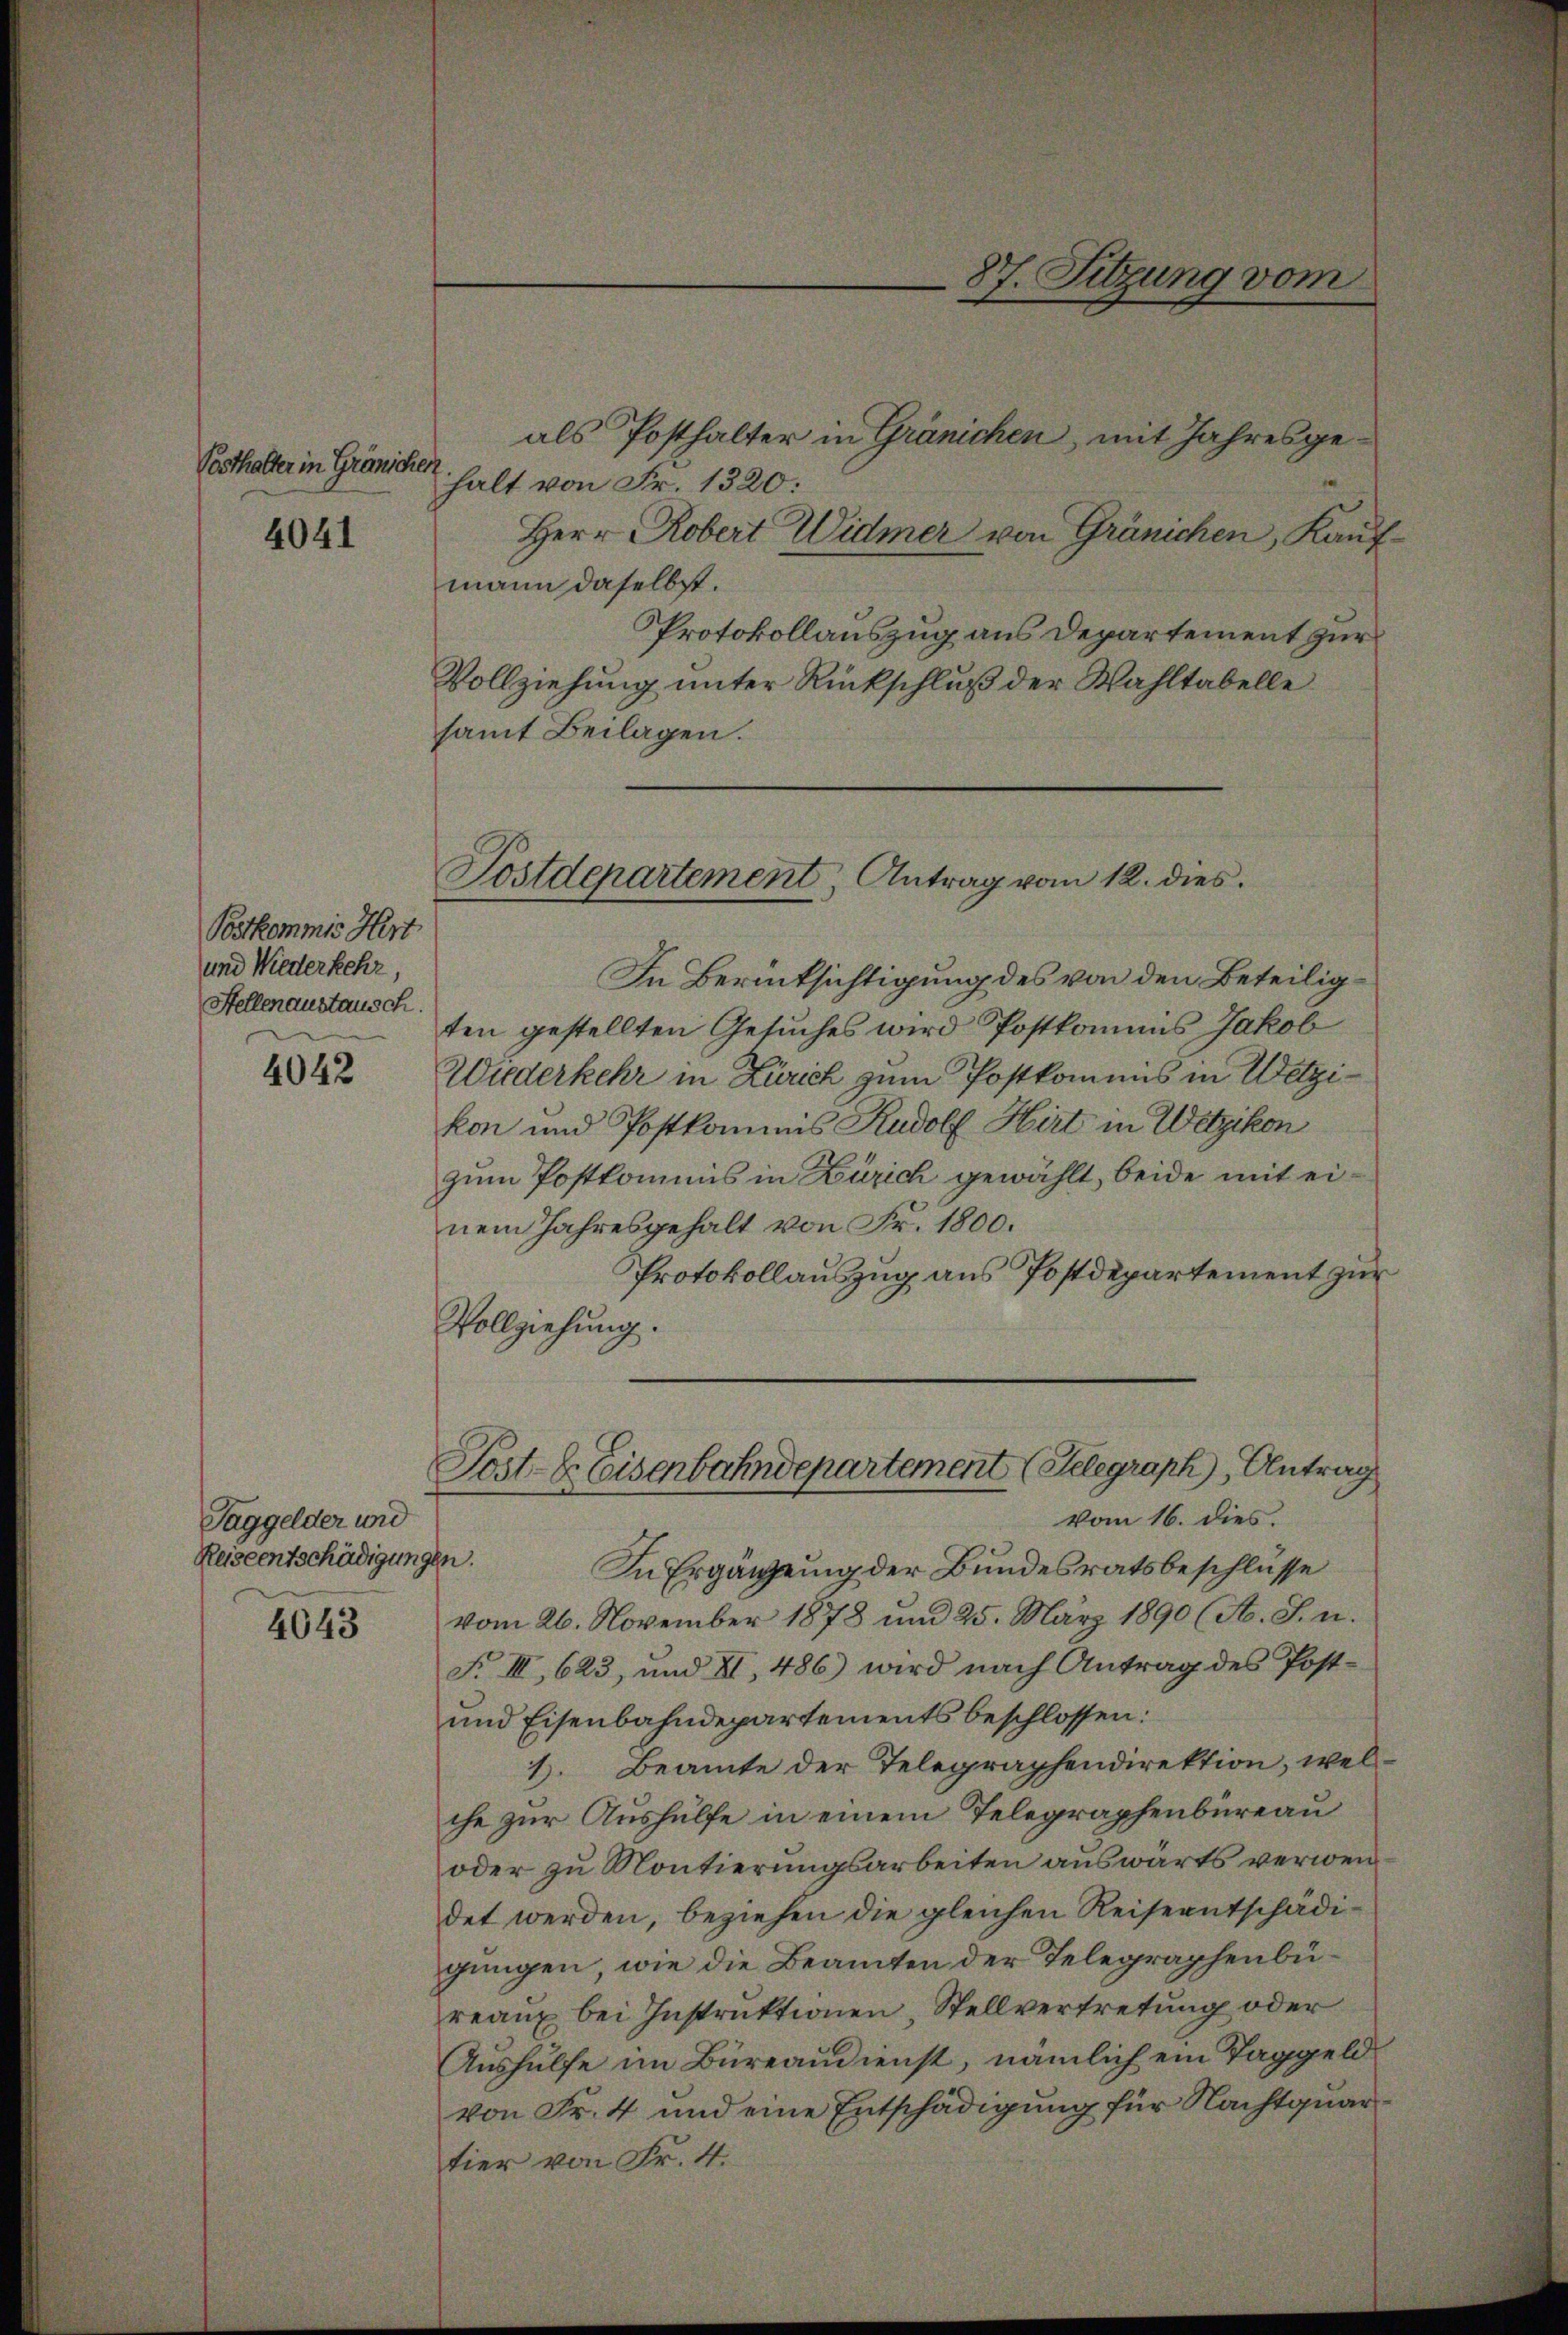
Pesthalter in Gränichen
4041

Postkommis Hert
und Wiederkehr,
Stellenaustausch.

4042

Taggelder und
Reiseentschädigung

4643

als Posthalter in Gränichen, mit Jahresgehalt von Fr. 1320:
Herr Robert Widmer von Gränichen, Kaufmann daselbst.
Protokollauszug aus Departement zur
Vollziehung unter Rückschluß der Wahltabelle
samt Beilagen.

Sostdepartement, Antrag vom 12. dies

87. Sitzung vom

Post- & Eisenbahndepartement (Telegraph, Antrag

In Berücksichtigung des von den Beteiligten gestellten Gesuches wird Postkommis Jakob
Wiederkehr in Zürich zum Postkommis in Wetzikon und Postkommis Rudolf Hirt in Wetzikon
zum Postkommis in Zürich gewählt, beide mit einem Jahresgehalt von Fr. 1800.
Protokollauszug aus Postdepartement zur
Vollziehung.
n.
In Ergänzung der Bundesratsbeschlüsse
vom 26. November 1878 und 25. März 1890 (A. S. u.
F. III, 623, und II 486) wird nach Antrag des Post-
und Eisenbahndepartements beschlossen:
1. Beamte der Telegraphendirektion, welche zur Aushülfe in einem Telegraphenbüreau
oder zu Montierungsarbeiten auswärts verwendet werden, beziehen die gleichen Reiseentschädigungen, wie die Beamten der Telegraphenbureaux bei Instruktionen Stellvertretung oder
Aushülfe im Büreaudienst, nämlich ein Taggeld
von Fr. 4 und eine Entschädigung für Nachtquartier von Fr. 4.

vom 16. dies.